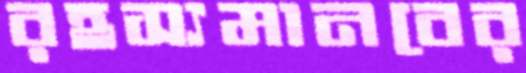
রহস্যমানবের